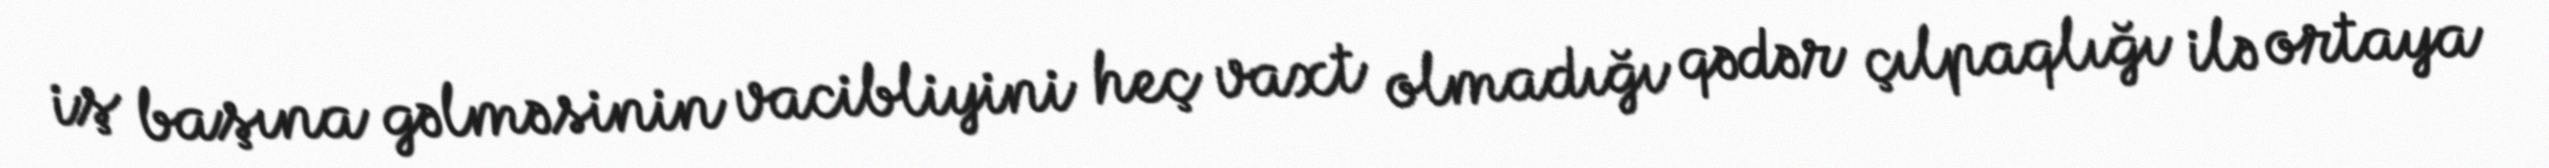
iş başına gəlməsinin vacibliyini heç vaxt olmadığı qədər çılpaqlığı ilə ortaya